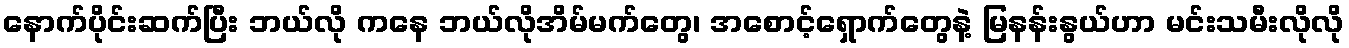
နောက်ပိုင်းဆက်ပြီး ဘယ်လို ကနေ ဘယ်လိုအိမ်မက်တွေ၊ အစောင့်ရှောက်တွေနဲ့ မြနန်းနွယ်ဟာ မင်းသမီးလိုလို